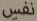
نفس